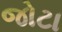
જોટા